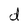
Character: d